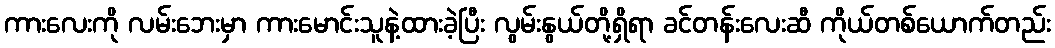
ကားလေးကို လမ်းဘေးမှာ ကားမောင်းသူနဲ့ထားခဲ့ပြီး လွမ်းနွယ်တို့ရှိရာ ခင်တန်းလေးဆီ ကိုယ်တစ်ယောက်တည်း